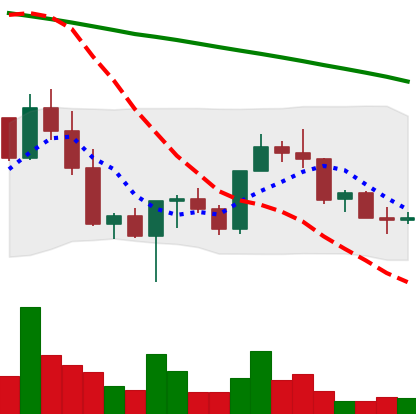
Ticker: NEO-USD
Chart end date: 2022-03-08
Forward return: -6.789%
Label: down_5_7